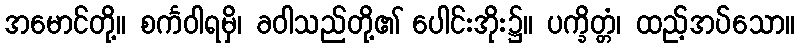
အမောင်တို့။ စင်္ကဝါရမှိ၊ ခဝါသည်တို့၏ ပေါင်းအိုး၌။ ပက္ခိတ္တံ၊ ထည့်အပ်သော။